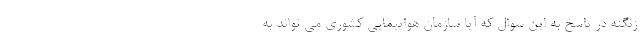
زنگنه در پاسخ به این سوال که آیا سازمان هواپیمایی کشوری می تواند به